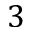
3